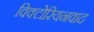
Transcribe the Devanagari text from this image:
विक्टोरियनवाद